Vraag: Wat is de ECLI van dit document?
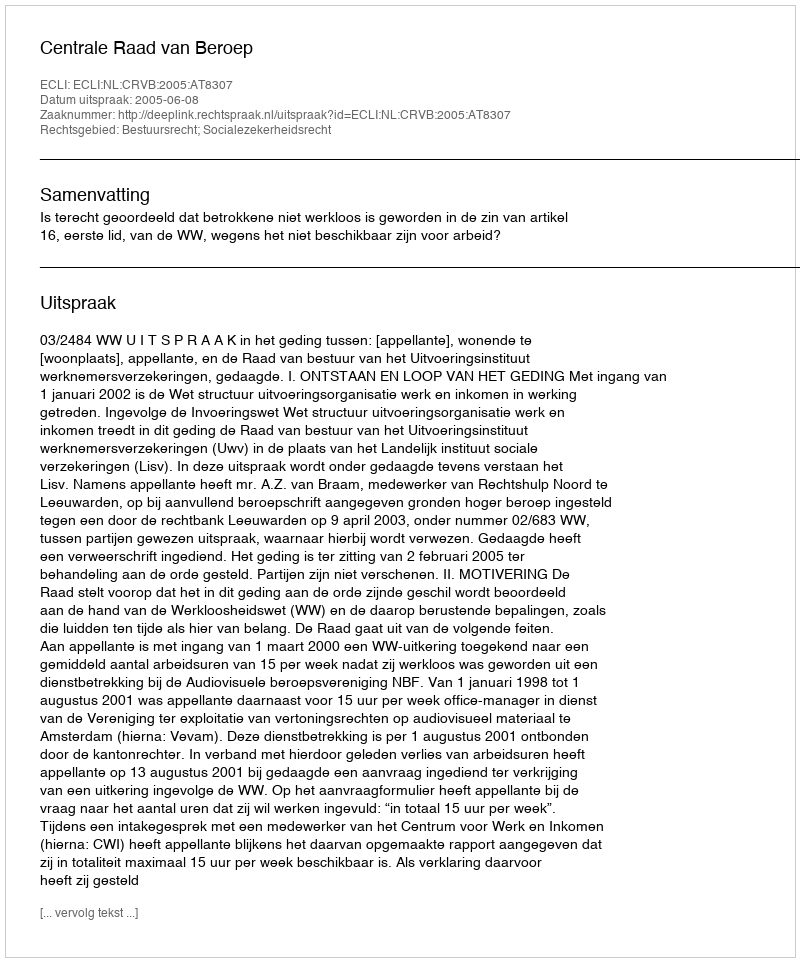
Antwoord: ECLI:NL:CRVB:2005:AT8307